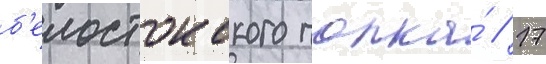
б'елостокского полка́ // 17